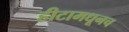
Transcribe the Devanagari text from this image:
हीटामधूनच